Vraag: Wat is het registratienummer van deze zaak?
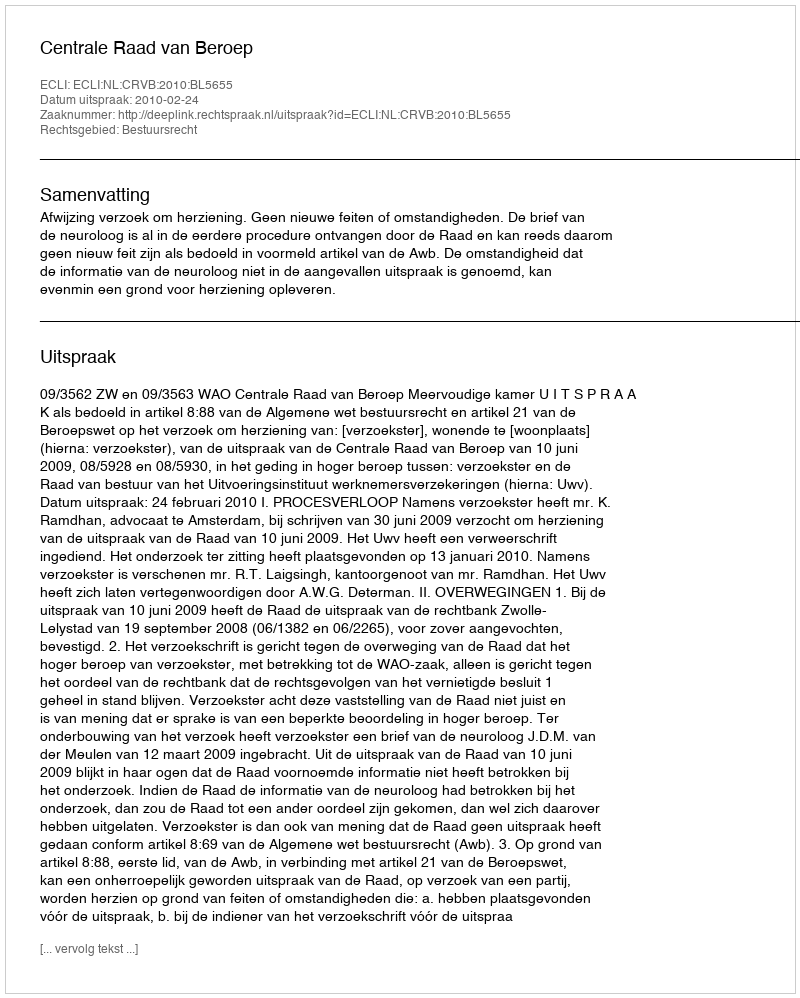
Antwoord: http://deeplink.rechtspraak.nl/uitspraak?id=ECLI:NL:CRVB:2010:BL5655